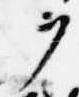
ヲ